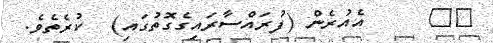
١٢     އެއުރެން (ފުރައްސާރައިގެގޮތުގައި)  ކުރެތެވެ.